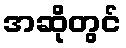
အဆိုတွင်